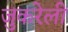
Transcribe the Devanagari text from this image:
जुकरेली